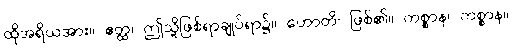
ထိုအရိယအား။ ဧတ္ထ၊ ဤသို့ဖြစ်ရာချုပ်ရာ၌။ ဟောတိ၊ ဖြစ်၏။ ကစ္စာန၊ ကစ္စာန။